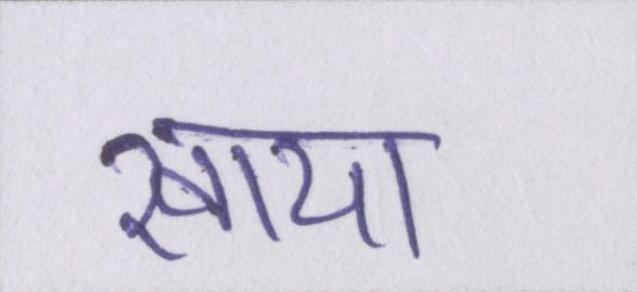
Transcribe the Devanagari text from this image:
खाया